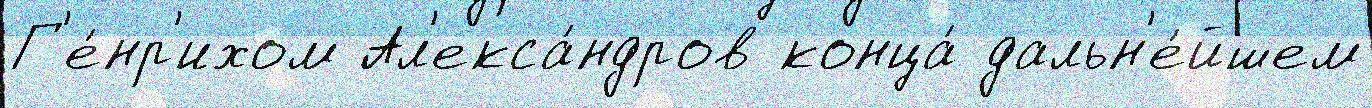
Г'е́нр'ихом Ал'екса́ндров конца́ дальн'е́йшем